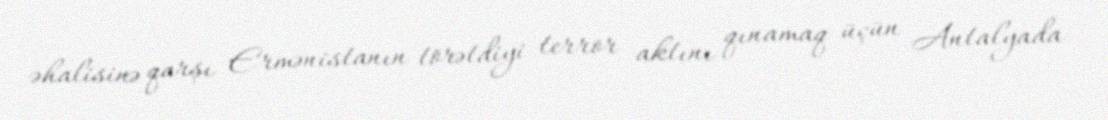
əhalisinə qarşı Ermənistanın törətdiyi terror aktını qınamaq üçün Antalyada